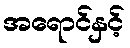
အရောင်နှင့်